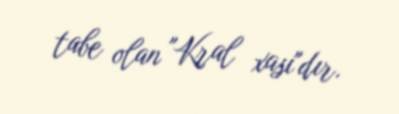
tabe olan "Kral xası"dır.